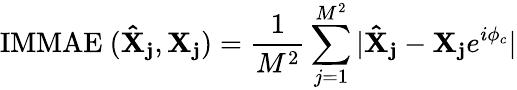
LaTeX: \mathrm{IMMAE\ (\mathbf{\hat{X}_{j}},\mathbf{X_{j}})}=\frac{1}{M^{2}}\sum_{j=1}^{M^{2}}|\mathbf{\hat{X}_{j}}-\mathbf{X_{j}}e^{i\phi_{c}}|